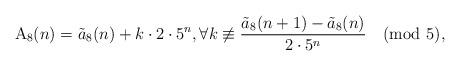
LaTeX: \begin{align*} \textnormal{A}_8(n)=\tilde{a}_8(n)+k \cdot 2 \cdot 5^n, \forall k \not\equiv \frac{\tilde{a}_8(n+1) - \tilde{a}_8(n) }{2 \cdot 5^n}\pmod {5},\end{align*}